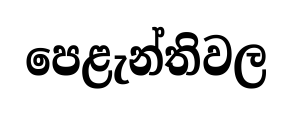
පෙළැන්තිවල